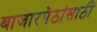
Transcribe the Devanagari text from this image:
बाजारपेठांसाठी